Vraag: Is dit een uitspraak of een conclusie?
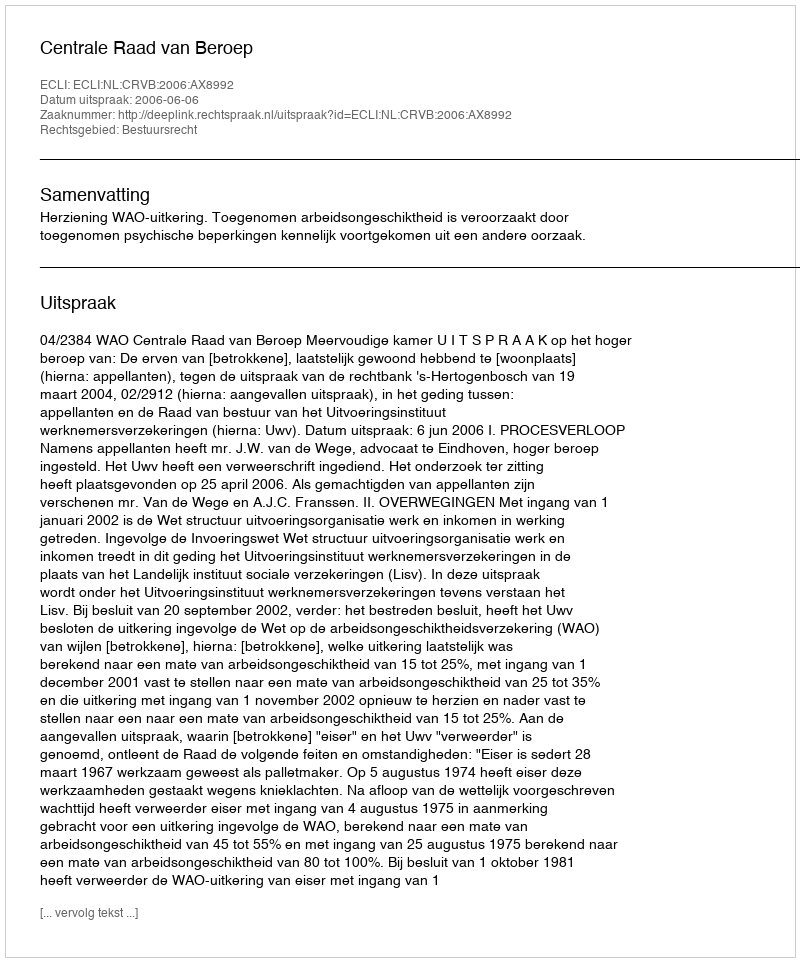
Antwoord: Uitspraak